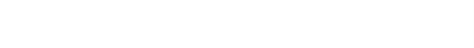
သုတ်သင်စေကုန်လော့။” ဣတိ၊ ဤသို့။ (အာဟ၊ ဆို၏။)